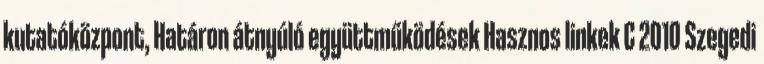
kutatóközpont, Határon átnyúló együttműködések Hasznos linkek C 2010 Szegedi